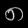
Digit: ၈